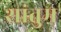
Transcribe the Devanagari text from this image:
शांतुम